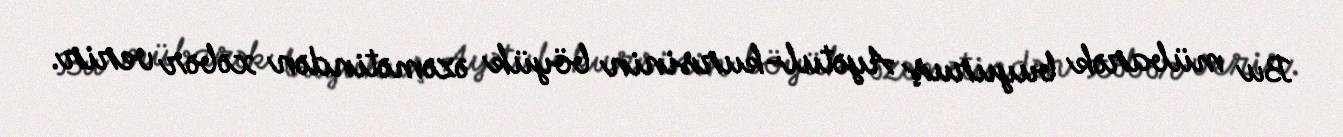
Bu mübarək buyuruş Ayətul-kursinin böyük əzəmətindən xəbər verir.